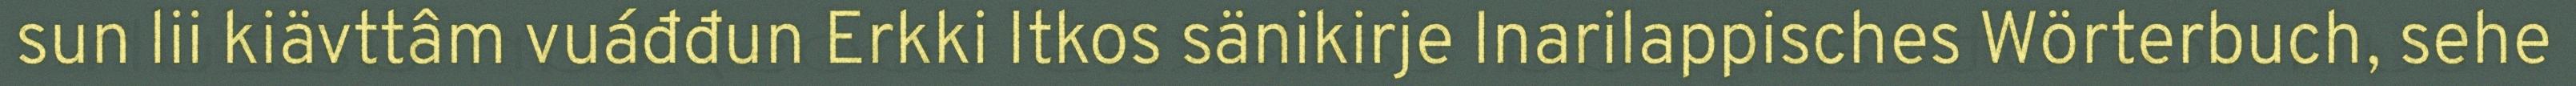
sun lii kiävttâm vuáđđun Erkki Itkos sänikirje Inarilappisches Wörterbuch, sehe